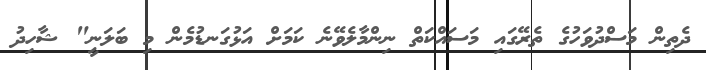
ދެތިން މަސްދުވަހުގެ ތެރޭގައި މަސައްކަތް ނިންމާލެވޭނެ ކަމަށް އަޅުގަނޑުމެން މި ބަލަނީ" ޝާހިދު